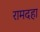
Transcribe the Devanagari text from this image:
रामदहा